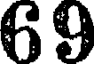
69